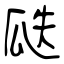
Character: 瓞